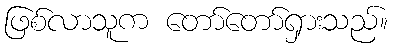
ဖြစ်လာသူက တော်တော်ရှားသည်။